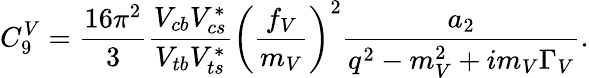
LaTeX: C_{9}^{V}=\frac{16\pi^{2}}{3}\frac{V_{cb}V_{cs}^{*}}{V_{tb}V_{ts}^{*}}\left(\frac{f_{V}}{m_{V}}\right)^{2}\frac{a_{2}}{q^{2}-m_{V}^{2}+im_{V}\Gamma_{V}}.